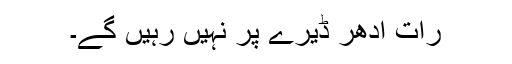
رات ادھر ڈیرے پر نہیں رہیں گے۔